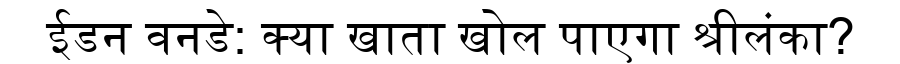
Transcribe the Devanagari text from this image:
ईडन वनडे: क्या खाता खोल पाएगा श्रीलंका?